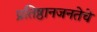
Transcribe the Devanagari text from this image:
प्रतिष्ठानजनतेचे